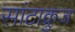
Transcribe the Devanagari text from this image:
सांटाक्रुज